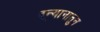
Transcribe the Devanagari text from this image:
द्न्यानातुन